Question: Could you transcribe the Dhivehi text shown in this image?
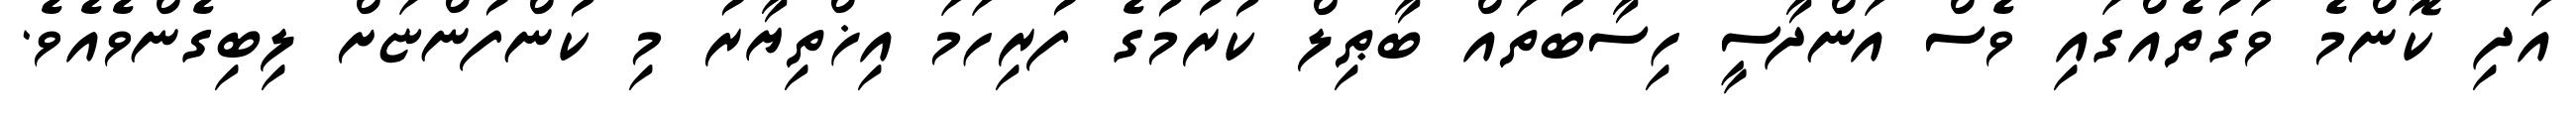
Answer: އަދި ކޮންމެ ވަގުތެއްގައި ވެސް އަންދާސީ ހިސާބުތައް ބާޠިލް ކުރުމުގެ ފުރިހަމަ އިޚްތިޔާރު މި ކުންފުންޏަށް ލިބިގެންވެއެވެ.